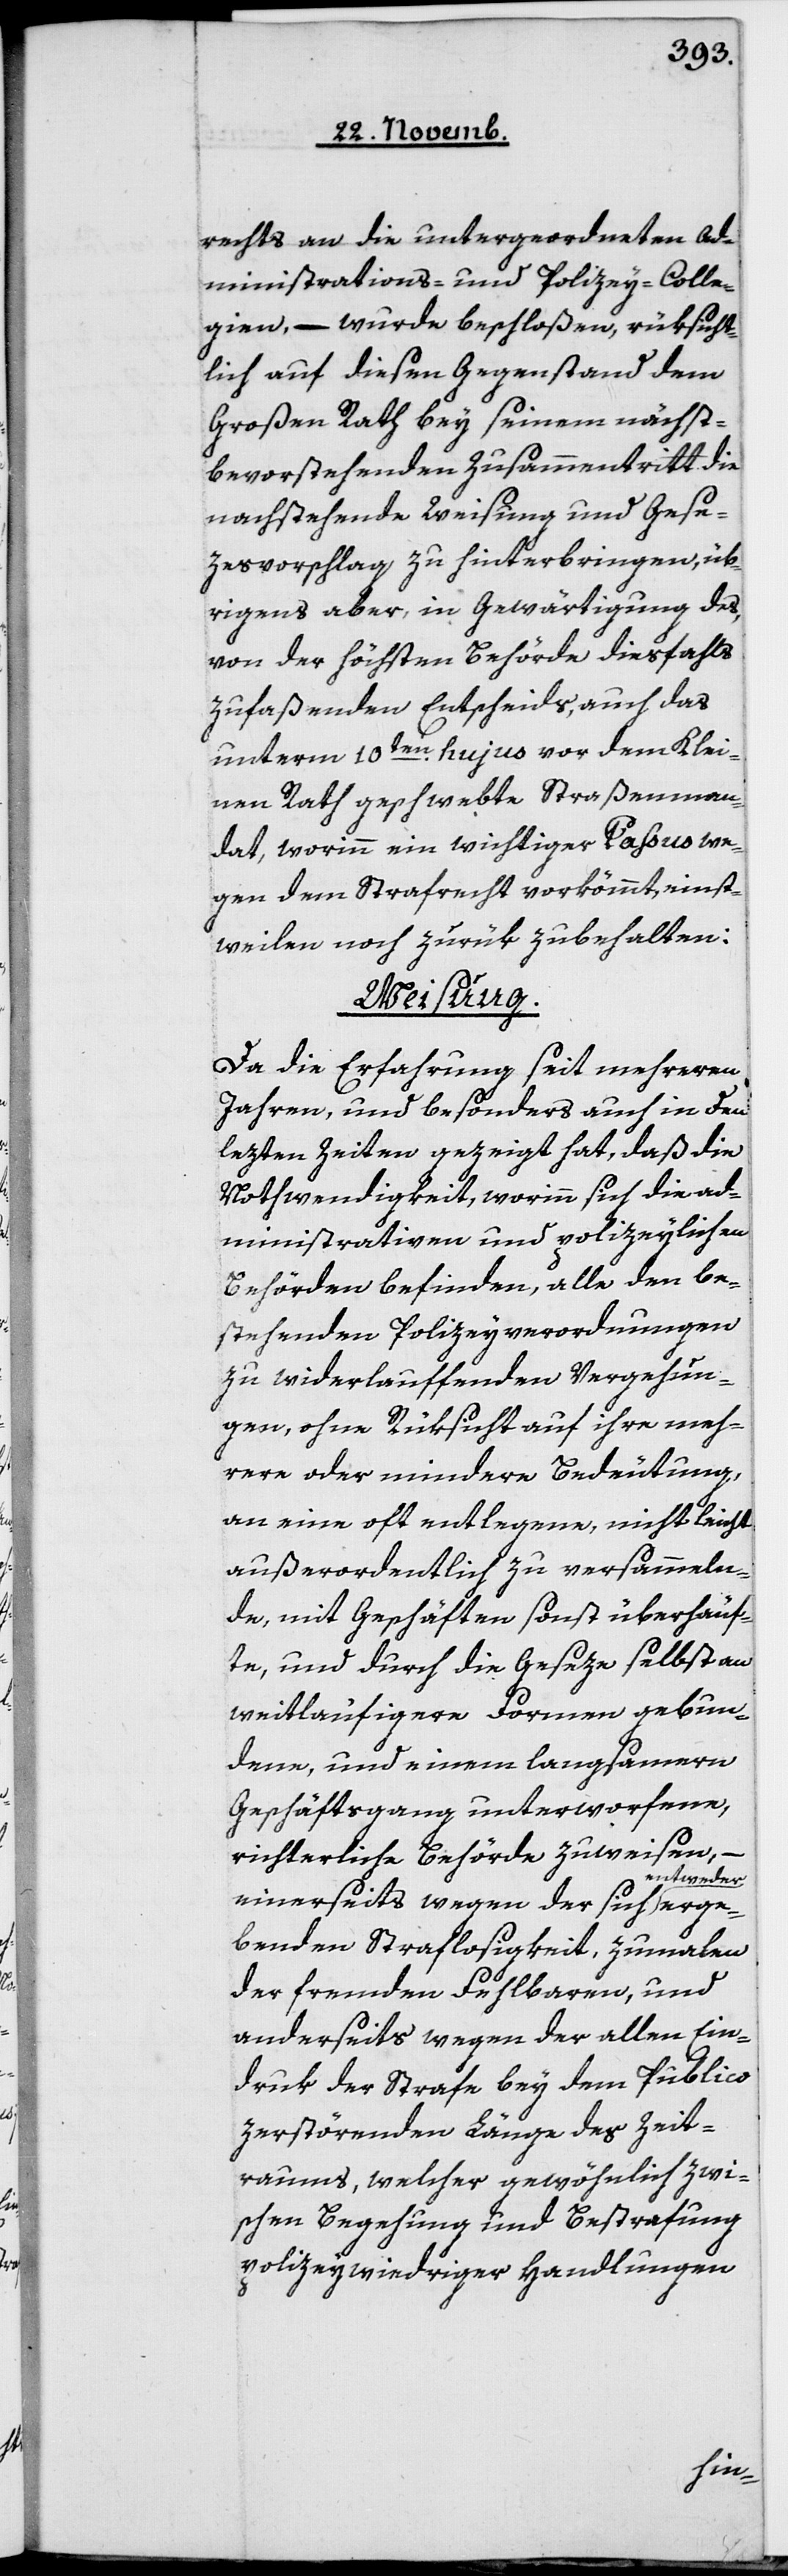
rechts an die untergeordneten Ad¬
ministrations- und Polizey-Colle¬
gien, – wurde beschloßen, rüksicht¬
lich auf diesen Gegenstand dem
Großen Rath bey seinem nächst¬
bevorstehendem Zusammentritt die
nachstehende Weisung und Gese¬
zesvorschlag zu hinterbringen, üb¬
rigens aber, in Gewärtigung des,
von der höchsten Behörde diesfalls
zu faßenden Entscheids, auch das
unterm 10ten hujus vor dem Klei¬
nen Rath geschwebte Straßenman¬
dat, worinn ein wichtiger Paßus we¬
gen dem Strafrecht vorkommt, einst¬
weilen noch zurükbehalten:
Weisung.
Da die Erfahrung seit mehreren
Jahren, und besonders auch in den
lezten Zeiten gezeigt hat, daß die
Nothwendigkeit, worinn sich die adi¬
minstrativen und polizeylichen
Behörden befinden, alle den be¬
stehenden Polizeyverordnungen
zu widerlauffenden Vergehun¬
gen, ohneRüksicht auf ihre meh¬
rere oder mindere Bedeutung,
an eine oft entlegene, nicht leicht
außerordentlich zu versammeln¬
de, mit Geschäften sonst überhäuf¬
te, und durch die Geseze selbst an
weitläufigere Formen gebun¬
dene, und einem langsamern
Geschäftsgang unterworfene,
erge¬
richterliche Behörde zuweisen,
ntweder
einerseits wegen der sich e¬
benden Straflosigkeit, zumalen
der fremden Fehlbaren und
anderseits wegen der allen Ein¬
druk der Strafe bey dem Publico
zerstörenden Länge des Zeit¬
raums, welcher gewöhnlich zwi¬
schen Begehung und Bestrafung
polizeywidriger Handlungen